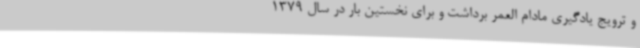
و ترویج یادگیری مادام العمر برداشت و برای نخستین بار در سال 1379